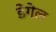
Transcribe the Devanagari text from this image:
डेंगेल